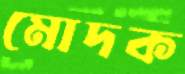
মোদক